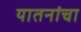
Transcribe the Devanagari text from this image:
यातनांचा